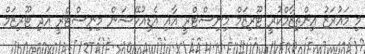
މި މައުރަޒު އިންތިޒާމްކުރީ ޓޫރިޒަމް މިނިސްޓްރީ އާއި އެޑިއުކޭޝަން މިނިސްޓްރީ އަދި ޓޫރިޒަމް